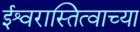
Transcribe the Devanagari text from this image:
ईश्वरास्तित्वाच्या